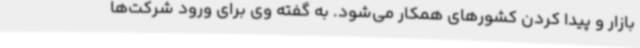
بازار و پیدا کردن کشورهای همکار می‌شود. به گفته وی برای ورود شرکت‌ها